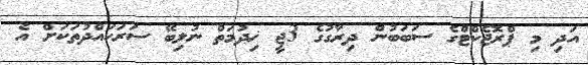
އަދި މި ޕްރޮޖެކްޓްގެ ސަބަބުން ދިރާގުގެ 3ޖީ ޚިދުމަތް ނުލިބޭ ސަރަހައްދުތަކަށް އެ